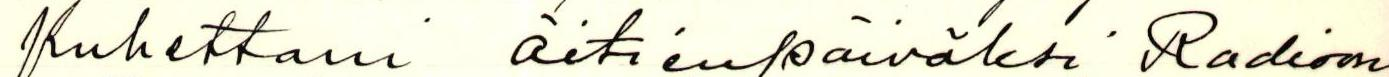
puhettani äitienpäiväksi Radioon.